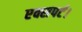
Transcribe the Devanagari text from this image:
एक्सपर्ट।